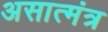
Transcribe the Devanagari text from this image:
असात्मंत्र